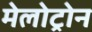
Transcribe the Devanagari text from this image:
मेलोट्रोन